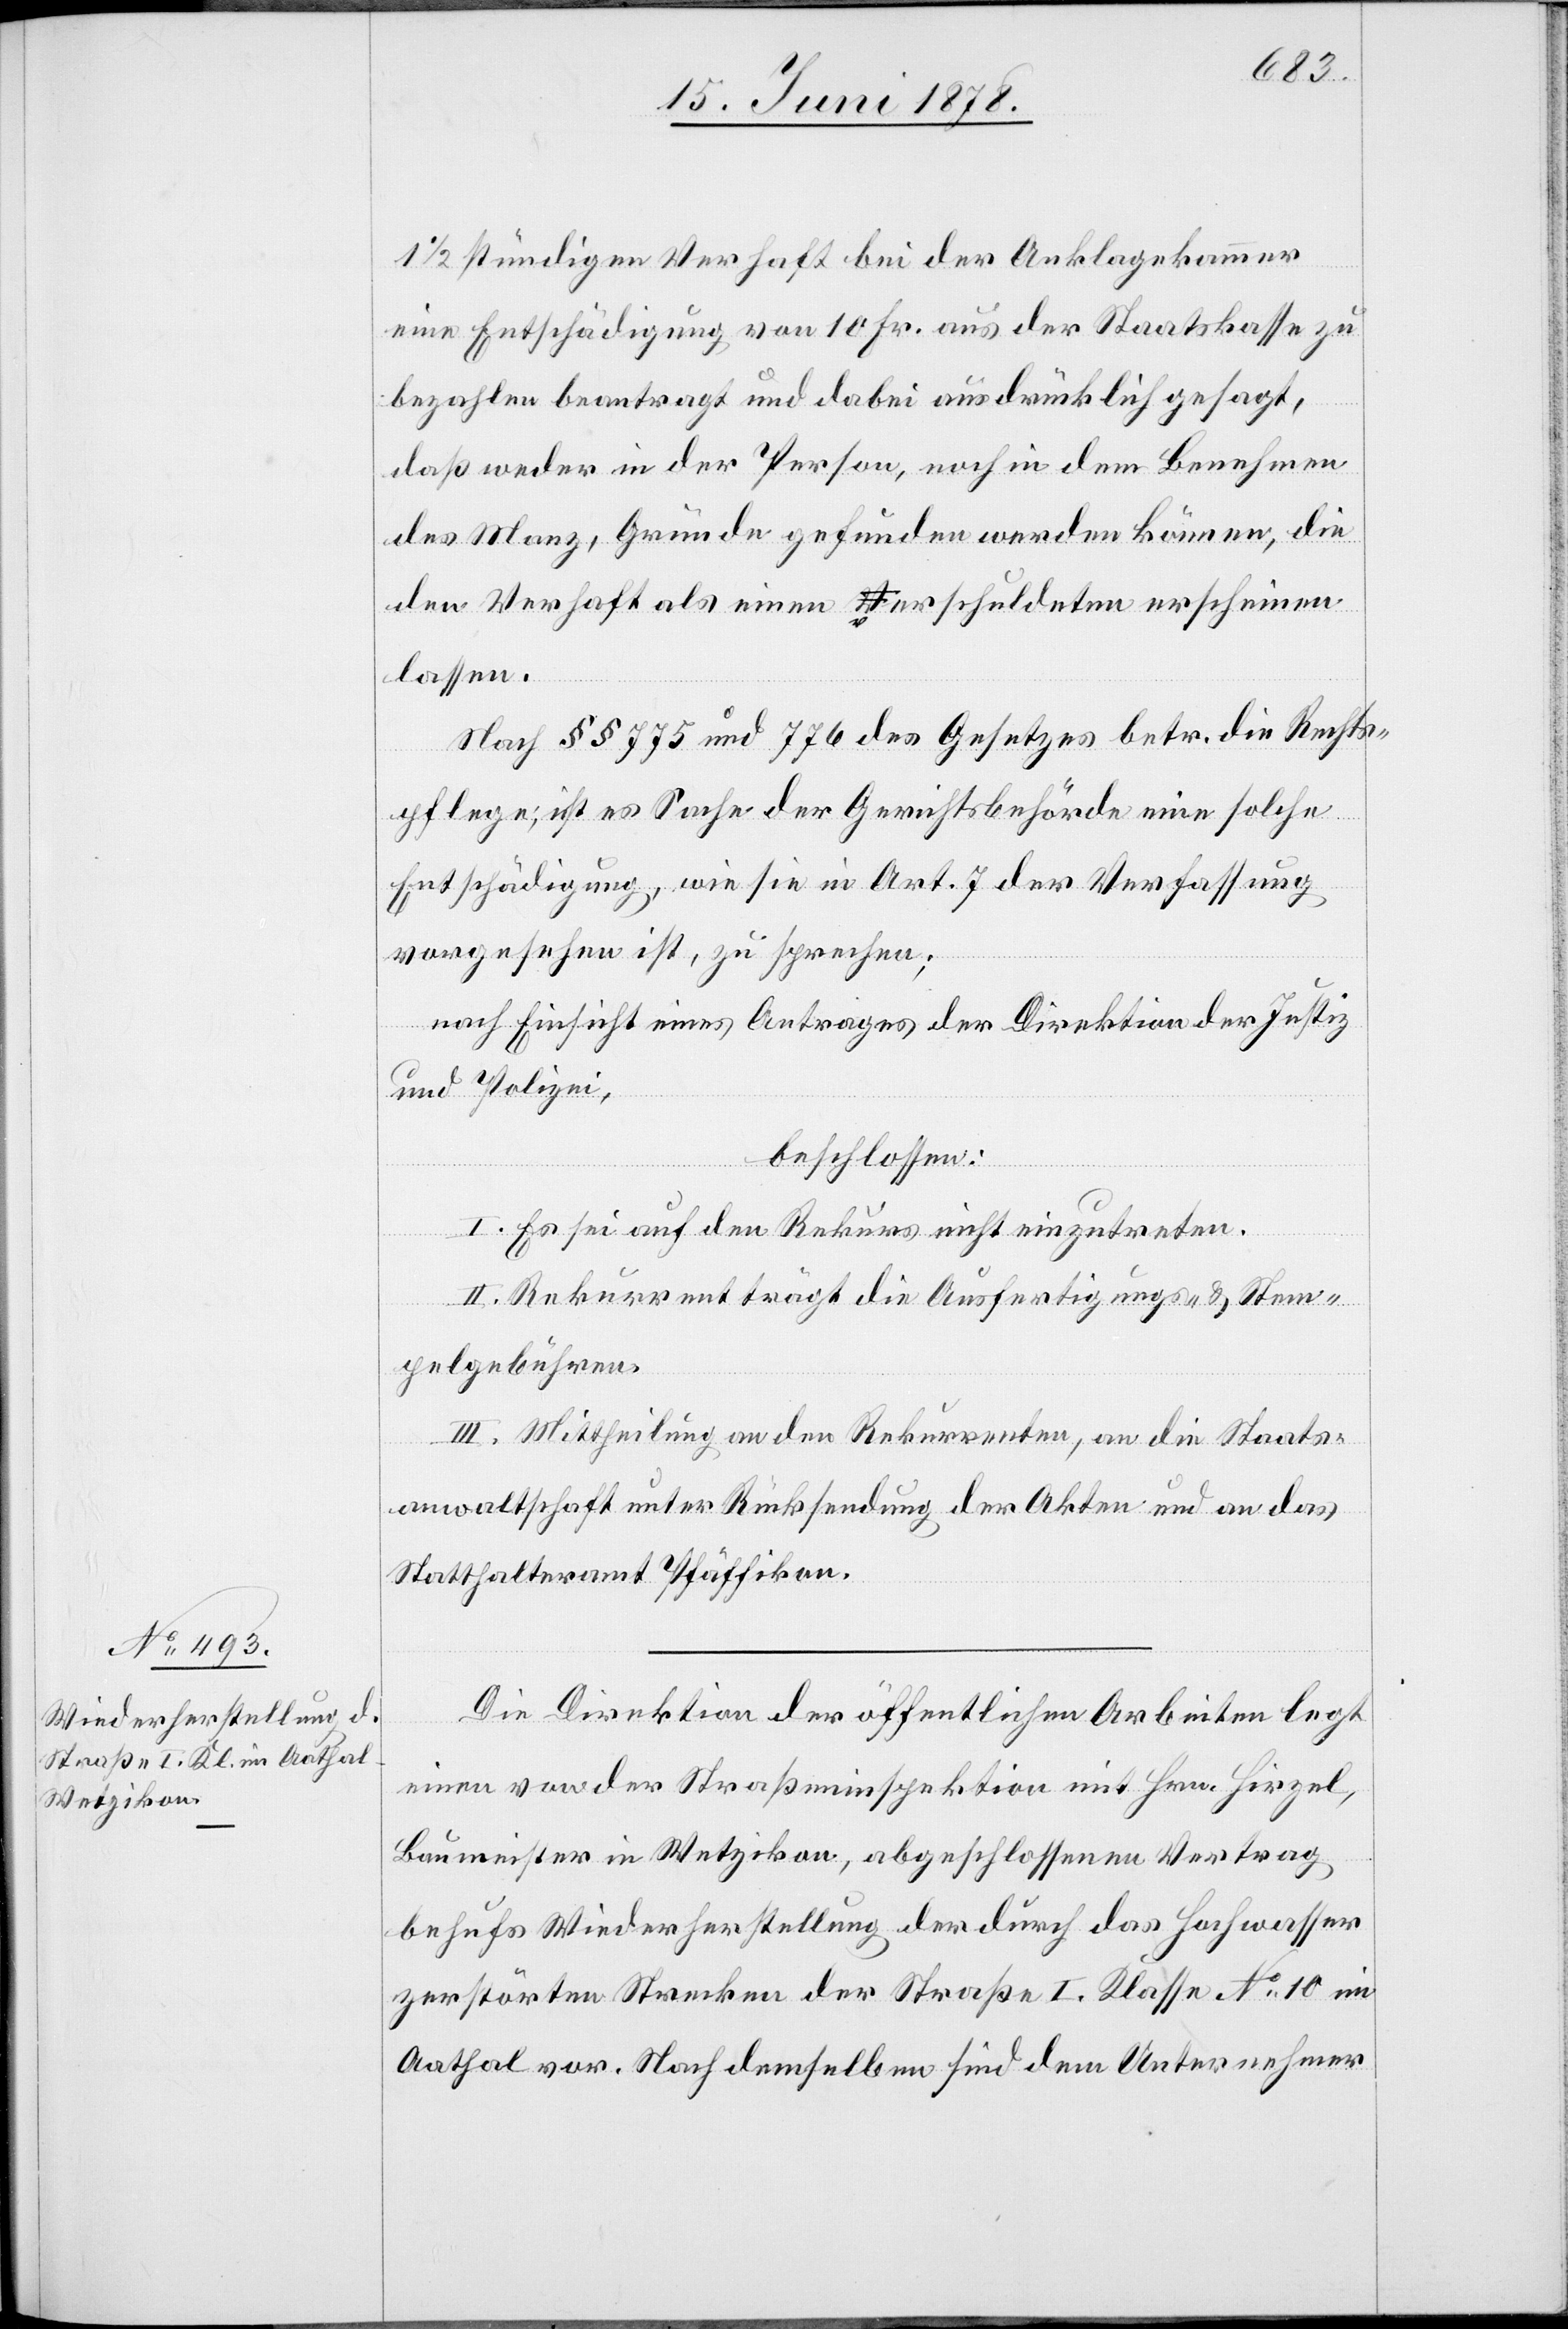
1 1/2 stündigen Verhaft bei der Anklagekammer
eine Entschädigung von 10 Fr. aus der Staatskasse zu
bezahlen beantragt und dabei ausdrücklich gesagt,
daß weder in der Person, noch in dem Benehmen
des Manz, Gründe gefunden werden können, die
den Verhaft als einen verschuldeten erscheinen
lassen.
Nach §§ 775 und 776 des Gesetzes betr. die Rechts¬
pflege, ist es Sache der Gerichtsbehörde eine solche
Entschädigung, wie sie in Art. 7 der Verfassung
vorgesehen ist, zu sprechen;
nach Einsicht eines Antrages der Direktion der Justiz
und Polizei,
beschlossen:
I. Es sei auf den Rekurs nicht einzutreten.
II. Rekurrent trägt die Ausfertigungs- & Stem¬
pelgebühren.
III. Mittheilung an den Rekurrenten, an die Staats¬
anwaltschaft unter Rücksendung der Akten und an das
Statthalteramt Pfäffikon.
Die Direktion der öffentlichen Arbeiten legt
einen von der Straßeninspektion mit Hrn. Hirzel,
Baumeister in Wetzikon, abgeschlossenen Vertrag
behufs Wiederherstellung der durch das Hochwasser
zerstörten Strecken der Straße I. Klasse No 10 im
Aathal vor. Nach demselben sind dem Unternehmer